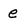
Character: e